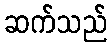
ဆက်သည်